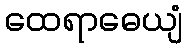
ထေရာဓေယျံ